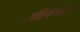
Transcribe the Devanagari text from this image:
सीएएन